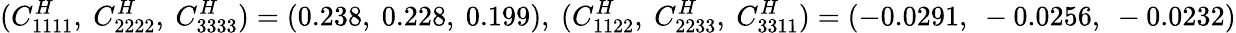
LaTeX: (C_{1111}^{H},~C_{2222}^{H},~C_{3333}^{H})=(0.238,~0.228,~0.199),~(C_{1122}^{H},~C_{2233}^{H},~C_{3311}^{H})=(-0.0291,~-0.0256,~-0.0232)